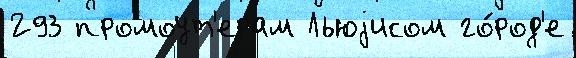
293 промоут'ерам Льюjисом го́род'е